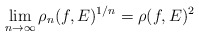
\begin{align*}\lim_{n\to\infty} \rho_n(f, E)^{1/n}= \rho(f, E)^2\end{align*}